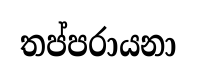
තප්පරායනා